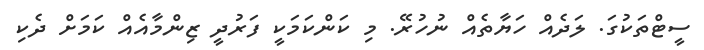
ސީޓްތަކުގަ. ލަދެއް ހަޔާތެއް ނުހުރޭ. މި ކަންކަމަކީ ފަރުދީ ޒިންމާއެއް ކަމަށް ދެކި